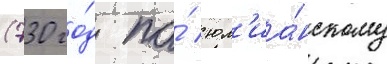
(730 го́д по́ юл'иа́нскому